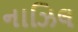
નાઝિલ